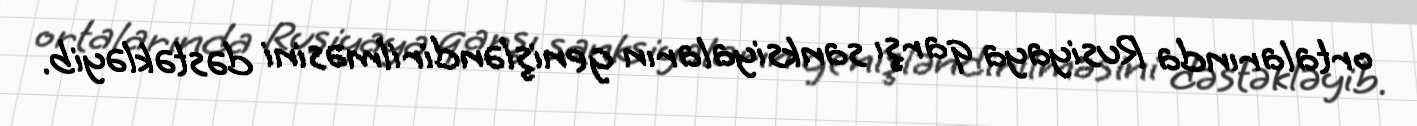
ortalarında Rusiyaya qarşı sanksiyaların genişləndirilməsini dəstəkləyib.